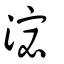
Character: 淧